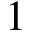
1